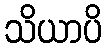
သိယာပိ